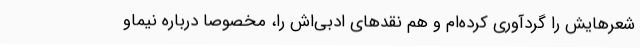
شعرهایش را گردآوری کرده‌ام و هم نقدهای ادبی‌اش را، مخصوصا درباره نیماو